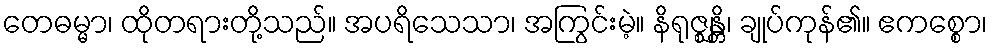
တေဓမ္မာ၊ ထိုတရားတို့သည်။ အပရိသေသာ၊ အကြွင်းမဲ့။ နိရုဇ္ဈန္တိ၊ ချုပ်ကုန်၏။ ဧကစ္စော၊